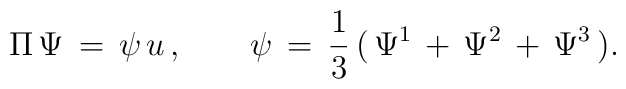
\Pi\,\Psi\,=\,\psi\,u\,,\qquad\psi\,=\,{1\over3}\,(\,\Psi^1\,+\,\Psi^2\,+\,\Psi^3\,).